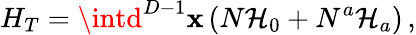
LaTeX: H_{T}=\intd^{D-1}\mathbf{x}\left(N\mathcal{{H}}_{0}+N^{a}\mathcal{{H}}_{a}\right)\, ,